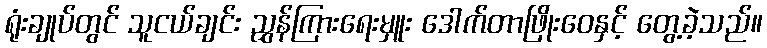
ရုံးချုပ်တွင် သူငယ်ချင်း ညွှန်ကြားရေးမှူး ဒေါက်တာဖြိုးဝေနှင့် တွေ့ခဲ့သည်။